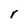
Character: r